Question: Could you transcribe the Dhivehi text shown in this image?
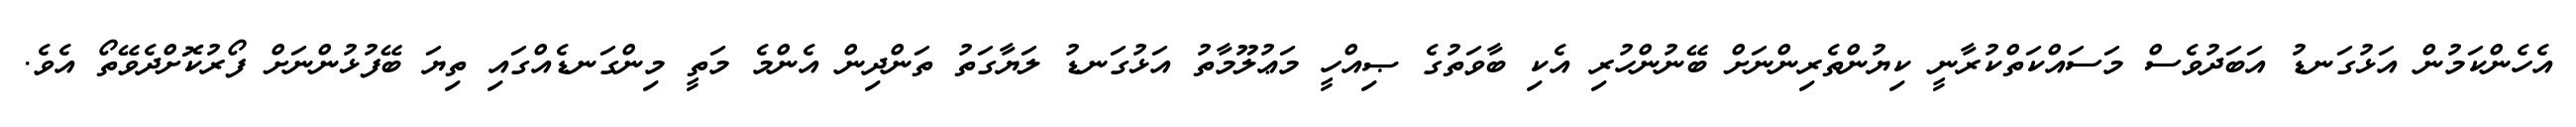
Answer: އެހެންކަމުން އަޅުގަނޑު އަބަދުވެސް މަސައްކަތްކުރާނީ ކިޔުންތެރިންނަށް ބޭނުންހުރި އެކި ބާވަތުގެ ޞިއްހީ މަޢުލޫމާތު އަޅުގަނޑު ލަޔާގަތު ތަންދިން އެންމެ މަތީ މިންގަނޑެއްގައި ތިޔަ ބޭފުޅުންނަށް ފޯރުކޮށްދެވޭތޯ އެވެ.